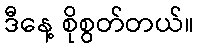
ဒီနေ့ စိုစွတ်တယ်။